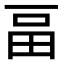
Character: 畐